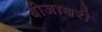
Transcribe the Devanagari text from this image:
बीजाक्षरी